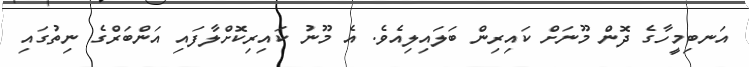
އަނބިމީހާގެ ދޮން މޫނަށް ކައިރިން ބަލައިލިއެވެ. އެ މޫނު ކައިރިކޮށްލާފައި އަންބަރްގެ ނިތުގައި